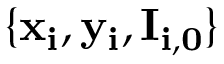
\{ \mathbf { x _ { i } } , \mathbf { y _ { i } } , \mathbf { I _ { i , 0 } } \}